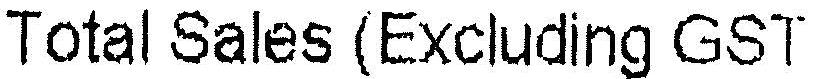
TOTAL SALES (EXCLUDING GST